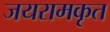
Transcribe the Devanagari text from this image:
जयरामकृत